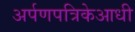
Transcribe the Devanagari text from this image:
अर्पणपत्रिकेआधी